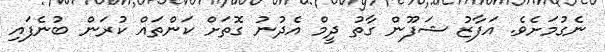
ނެގުމަށެވެ. އަފާޒު ޝަފޫން ގާތު ދީމް އެދުނު ގޮތަށް ކަންތައް ކުރަން ބުނެފައި